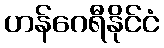
ဟန်ဂေရီနိုင်ငံ